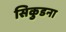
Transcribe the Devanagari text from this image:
सिकुडना